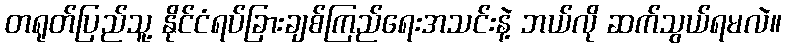
တရုတ်ပြည်သူ့ နိုင်ငံရပ်ခြားချစ်ကြည်ရေးအသင်းနဲ့ ဘယ်လို ဆက်သွယ်ရမလဲ။